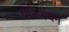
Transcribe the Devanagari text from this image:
पंक्तिबंधन